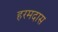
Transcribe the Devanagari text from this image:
हरमदास